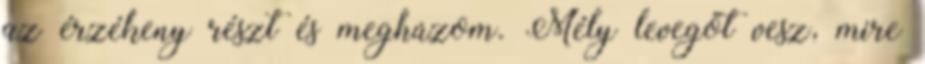
az érzékeny részt és meghúzom. Mély levegőt vesz, mire